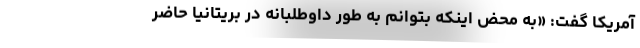
آمریکا گفت: «به محض اینکه بتوانم به طور داوطلبانه در بریتانیا حاضر